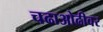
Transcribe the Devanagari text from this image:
चढाओढीवर